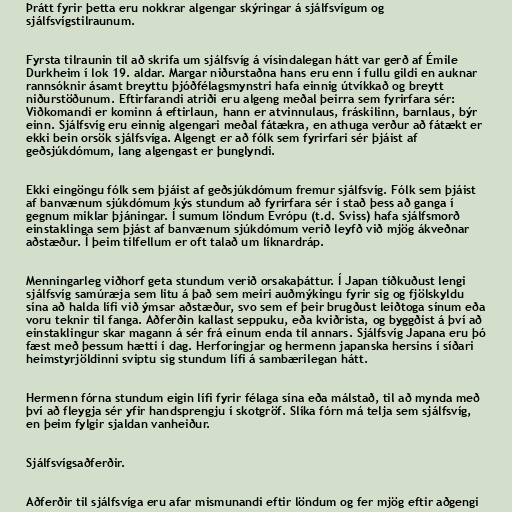
Þrátt fyrir þetta eru nokkrar algengar skýringar á sjálfsvígum og
sjálfsvígstilraunum.

Fyrsta tilraunin til að skrifa um sjálfsvíg á vísindalegan hátt var gerð af Émile
Durkheim í lok 19. aldar. Margar niðurstaðna hans eru enn í fullu gildi en auknar
rannsóknir ásamt breyttu þjóðfélagsmynstri hafa einnig útvíkkað og breytt
niðurstöðunum. Eftirfarandi atriði eru algeng meðal þeirra sem fyrirfara sér:
Viðkomandi er kominn á eftirlaun, hann er atvinnulaus, fráskilinn, barnlaus, býr
einn. Sjálfsvíg eru einnig algengari meðal fátækra, en athuga verður að fátækt er
ekki bein orsök sjálfsvíga. Algengt er að fólk sem fyrirfari sér þjáist af
geðsjúkdómum, lang algengast er þunglyndi.

Ekki eingöngu fólk sem þjáist af geðsjúkdómum fremur sjálfsvíg. Fólk sem þjáist
af banvænum sjúkdómum kýs stundum að fyrirfara sér í stað þess að ganga í
gegnum miklar þjáningar. Í sumum löndum Evrópu (t.d. Sviss) hafa sjálfsmorð
einstaklinga sem þjást af banvænum sjúkdómum verið leyfð við mjög ákveðnar
aðstæður. Í þeim tilfellum er oft talað um líknardráp.

Menningarleg viðhorf geta stundum verið orsakaþáttur. Í Japan tíðkuðust lengi
sjálfsvíg samúræja sem litu á það sem meiri auðmýkingu fyrir sig og fjölskyldu
sína að halda lífi við ýmsar aðstæður, svo sem ef þeir brugðust leiðtoga sínum eða
voru teknir til fanga. Aðferðin kallast seppuku, eða kviðrista, og byggðist á því að
einstaklingur skar magann á sér frá einum enda til annars. Sjálfsvíg Japana eru þó
fæst með þessum hætti í dag. Herforingjar og hermenn japanska hersins í síðari
heimstyrjöldinni sviptu sig stundum lífi á sambærilegan hátt.

Hermenn fórna stundum eigin lífi fyrir félaga sína eða málstað, til að mynda með
því að fleygja sér yfir handsprengju í skotgröf. Slíka fórn má telja sem sjálfsvíg,
en þeim fylgir sjaldan vanheiður.

Sjálfsvígsaðferðir.

Aðferðir til sjálfsvíga eru afar mismunandi eftir löndum og fer mjög eftir aðgengi